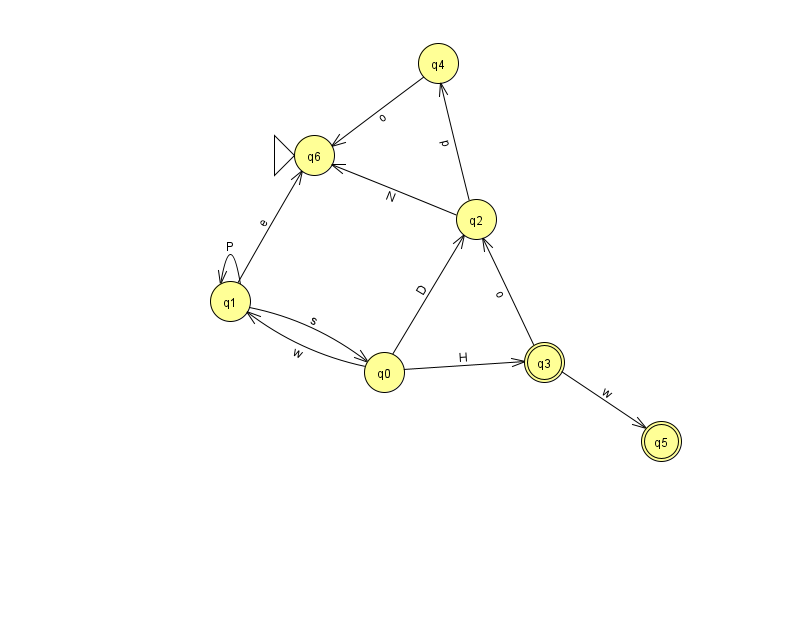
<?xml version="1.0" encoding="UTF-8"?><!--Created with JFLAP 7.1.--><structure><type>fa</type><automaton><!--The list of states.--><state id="0" name="q0"><x>384.0</x><y>359.0</y></state><state id="1" name="q1"><x>230.0</x><y>288.0</y></state><state id="2" name="q2"><x>476.0</x><y>206.0</y></state><state id="3" name="q3"><x>544.0</x><y>349.0</y><final/></state><state id="4" name="q4"><x>438.0</x><y>50.0</y></state><state id="5" name="q5"><x>661.0</x><y>428.0</y><final/></state><state id="6" name="q6"><x>314.0</x><y>142.0</y><initial/></state><!--The list of transitions.--><transition><from>1</from><to>1</to><read>P</read></transition><transition><from>0</from><to>1</to><read>w</read></transition><transition><from>0</from><to>3</to><read>H</read></transition><transition><from>2</from><to>4</to><read>p</read></transition><transition><from>3</from><to>5</to><read>w</read></transition><transition><from>1</from><to>0</to><read>s</read></transition><transition><from>1</from><to>6</to><read>e</read></transition><transition><from>0</from><to>2</to><read>D</read></transition><transition><from>2</from><to>6</to><read>N</read></transition><transition><from>3</from><to>2</to><read>o</read></transition><transition><from>4</from><to>6</to><read>o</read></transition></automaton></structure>